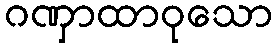
ဂဏှာထာဝုသော